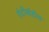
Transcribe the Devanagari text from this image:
एंटीबॉडीस